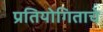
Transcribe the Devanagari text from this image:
प्रतियोगिताचे